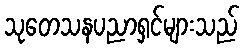
သုတေသနပညာရှင်များသည်